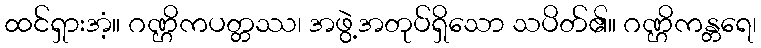
ထင်ရှားအံ့။ ဂဏ္ဌိကပတ္တဿ၊ အဖွဲ့အတုပ်ရှိသော သပိတ်၏။ ဂဏ္ဌိကန္တရေ၊